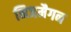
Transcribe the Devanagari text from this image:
निजमैगन